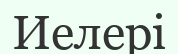
Иелері